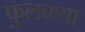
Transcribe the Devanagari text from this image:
फुलक्या